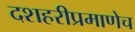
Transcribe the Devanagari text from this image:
दशहरीप्रमाणेच